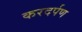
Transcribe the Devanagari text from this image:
करदर्पण